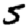
Digit: 5